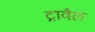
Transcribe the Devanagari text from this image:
ट्रावैल